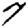
Digit: 7